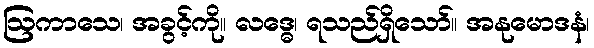
ဩကာသေ၊ အခွင့်ကို။ လဒ္ဓေ၊ ရသည်ရှိသော်။ အနုမောဒနံ၊